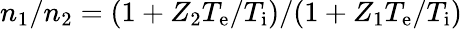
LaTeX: n_{1}/n_{2}=(1+Z_{2}T_{\mathrm{e}}/T_{\mathrm{i}})/(1+Z_{1}T_{\mathrm{e}}/T_{\mathrm{i}})